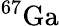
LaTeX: ^{67}\mathrm{Ga}